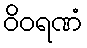
ဝိဝရဏံ